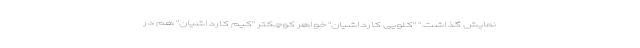
نمایش گذاشت." "کلویی کارداشیان" خواهر کوچکتر "کیم کارداشیان" هم در